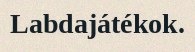
Labdajátékok.